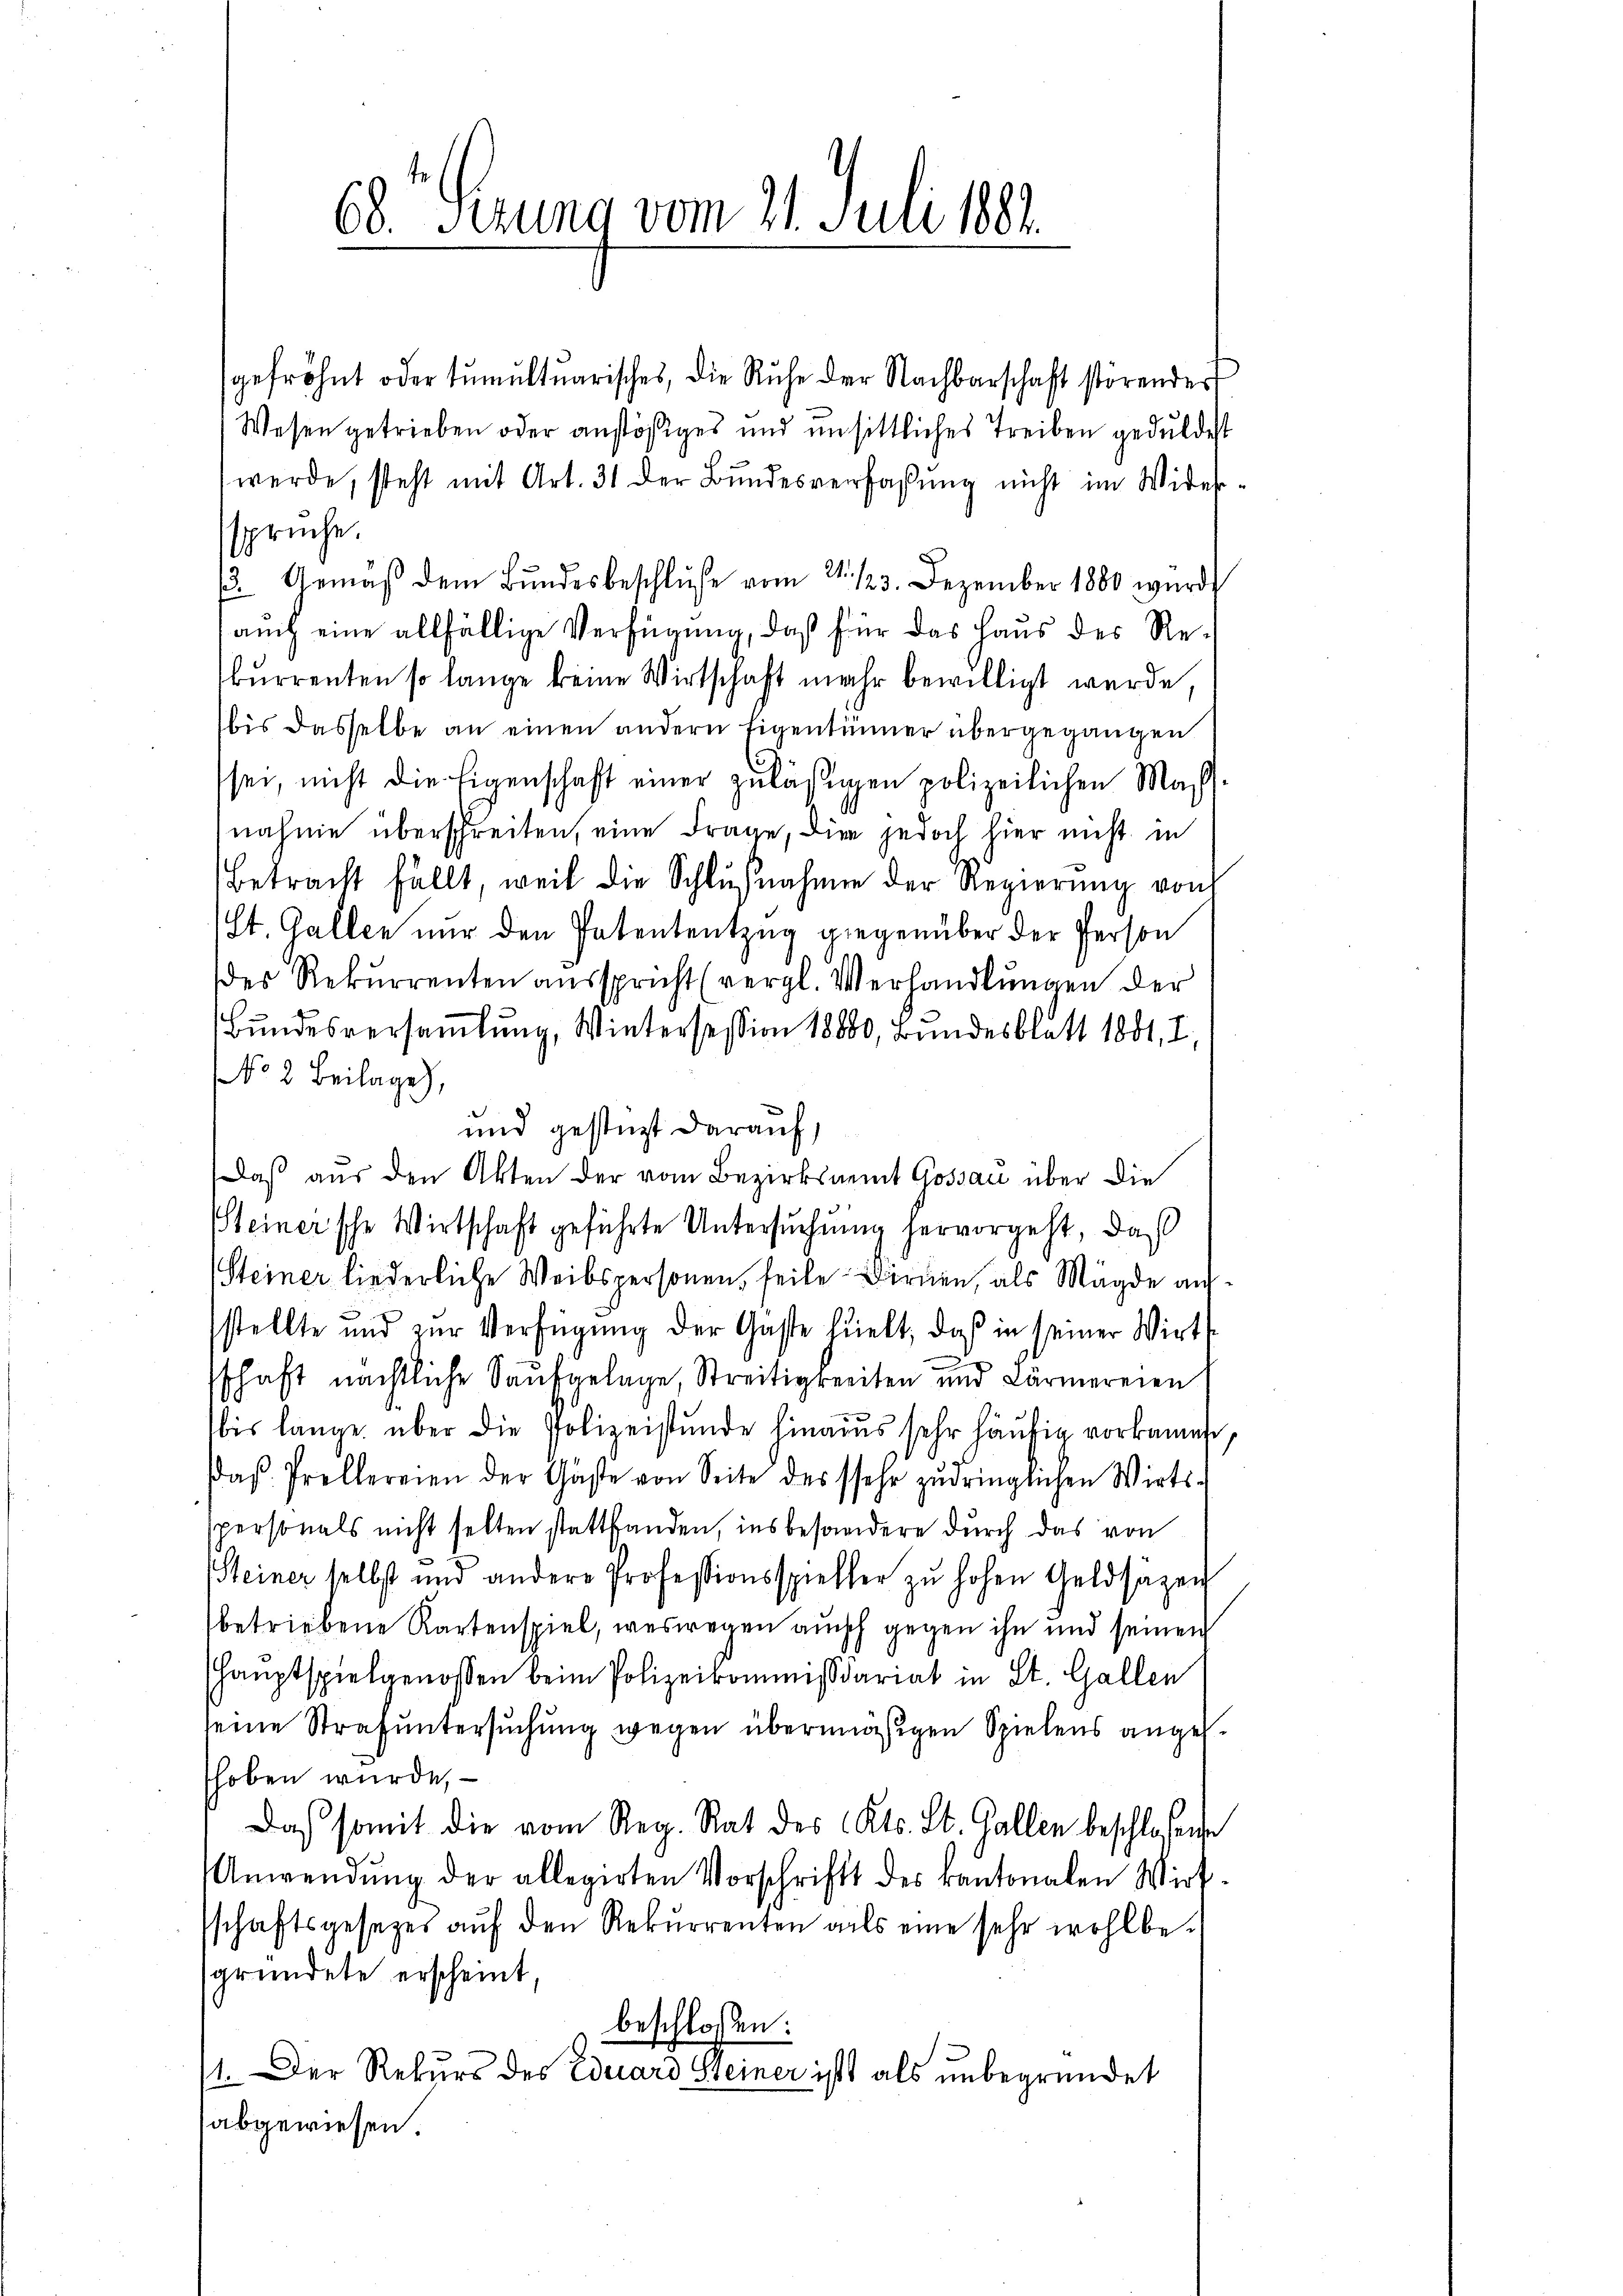
68. Sitzung vom 21. Juli 1882
e

gefröhnt oder tumultuarisches, die Ruhe der Nachbarschaft störendert
Wesen getrieben oder anstößiges und unsittliches Treiben gedulde
werde, steht mit Art. 31 der Bundesverfassung nicht im Wider
sprüche.
3. Gemäß dem Bundesbeschlüße vom 2./23. Dezember 1880 wurde
auch eine allfällige Verfügung, daß für das Haus des Reburrenten so lange keine Wirtschaft mehr bewilligt werde,
bis dasselbe an einen andern Eigentümer übergegangen
sei, nicht die Eigenschaft einer zuläßigen polizeilichen Mas
nahme überschreiten, eine Frage, die jedoch hier nicht in
Betracht fällt, weil die Schlŭβnahme der Regierŭng von
(St. Gallen nur den Patententzug gegenüber der Person
der Rekurrenten aŭsspricht (vergl. Verhandlŭngen der
Bundesversammlung, Wintersession 18880, Bundesblatt 1881, I,
NNo. 2. Beilage),
und gestüzt darauf,
Daß aus den Akten der vom Bezirksamt Gossau über die
Steinersche Wirtschaft geführte Untersuchung hervorgeht, daß
Steiner liederliche Weibspersonen, seile Dirnen, als Mägde auf
stellte und zŭr Verfügŭng der Gaste hielt, daß in seiner Wirts
sschaft nächtliche Kaufgelage, Streitigkeiten und Lärmereien
bis lange über die Polizeistunde hinaus sehr häufig vorkommt.
Das Prellereien der Gäste von Seite des sehr zudringlichen Wirts-
spersonals nicht selten stattfanden, insbesondere durch das von
Steiner selbst und andere Professionsspieller zŭ hohen Geldsäzen
betriebene Kartenspiel, weswegen auch gegen ihn und seinen
Haŭptspielgenossen beim Polizeikommissariat in St. Gallen
seine Strafuntersuchung wegen übermäßigen Spielens angeh
hoben wurde,
Das somit die vom Reg. Rat des Kts. St. Gallen beschlosen
Anwendŭng der allegirten Vorschrift des kantonalen Wirt
sschaftsgesezes aŭf den Rekurrenten als eine sehr wohlbegründete erscheint,
beschlossen:
1. Der Rekurs des Eduard Steiner ist als unbegründet
abgewiesen.

e

.
1
d
e